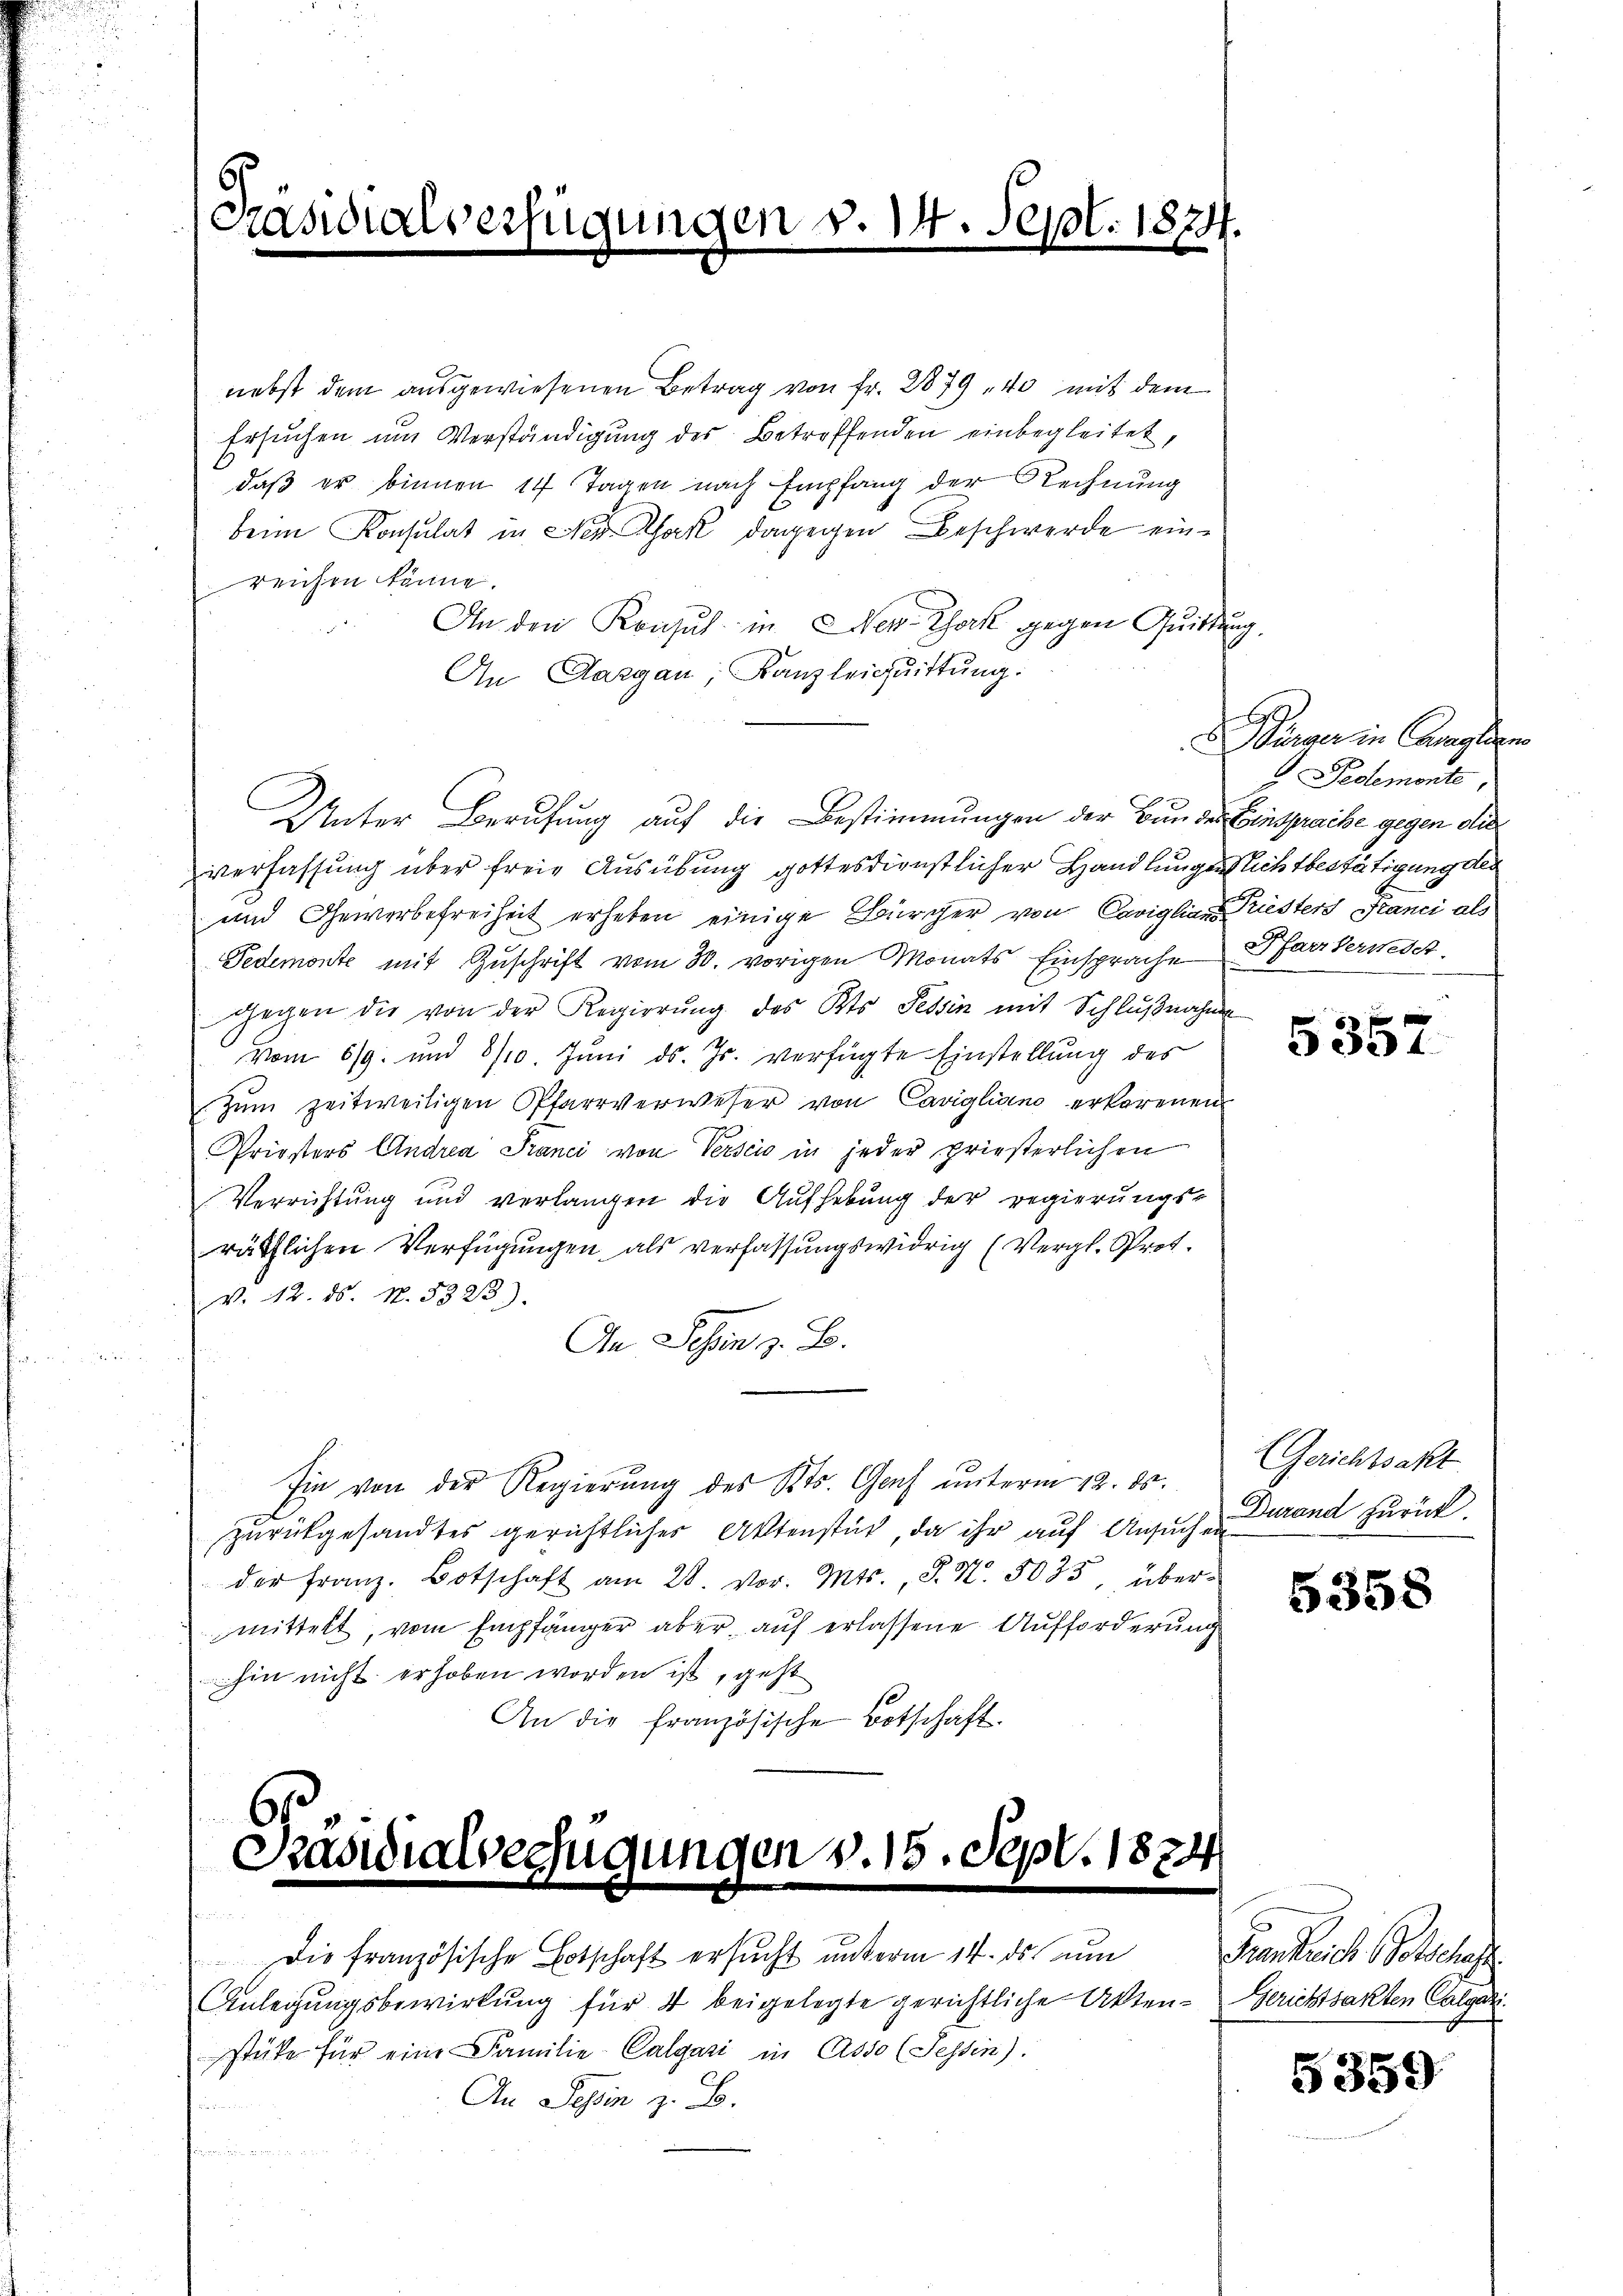
Präsidialverfügungen v. 14. Sept. 1874

nebst dem ausgewiesenen Betrag von Fr. 2879, 40 mit dem
Ersuchen um Verständigung des Betreffenden einbegleitet,
daß er binnen 14 Tagen nach Empfang der Rechnung
beim Konsulat in New York, dagegen Beschwerde einreichen könne.
An den Konsul in New-York gegen Quittung,
An Aargau, Kanzleichnittung.
Unter Berufung auf die Bestimmungen der Bundes Einsprache gegen dies
verfassung über freie Ausübung gottesdienstlicher Handlungen sichtbestätigung der
und Gewerbefreiheit erheben einige Bürcher von Cariglian Priesters Franci als
Fedemonte mit Zuschrift vom 30. vorigen Monats Einsprache Pfarrversch
gegen die von der Regierŭng des Kts. Tessin mit Schlŭβnahme
vom 5/9. und 8/10. Juni d. Js. verfügte Einstellung des
zum zeitweiligen Pfarrverweser von Cavigliano erkorenen
Priesters Andrea Pranci von Verscio in jeder prießerlichen
Verrichtung und verlangen die Aufhebung der regierungsräthlichen Verfügungen, als verfassungswidrig (Vergl. Sprot.
V. 2. ds. N. 5323).
An Schen z. B.
Ein von der Regierung des Kts. Genf unterm 12. ds.
zurückgesandtes gerichtliches Aktenstück, da ihr auf Ansuch durand zurück.
der Franz. Botschaft am 28. vor. Mts., S. Nr. 5035, über
mittelt, vom Empfänger aber aŭf erlassene Aufforderŭng
hin nicht erhoben worden ist, geht
An die französische Botschaft.

6
Präsidialverfügungen v. 15. Sept. 1

Die französische Botschaft ersucht unterm 14. ds nun
Anlegungsbewirkung für 4 beigelegte gerichtliche Aktenstüke für eine Familie- Calgari in Asso (Sessen).
An Schin z. B.
.
4

d Bürger in Camplien
Pedtemonte,

5357

Gerichtsakt

Frankreiche Botschaf
Gerichtsakten Calgar

5359